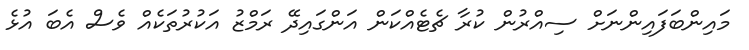
މައިންބަފައިންނަށް ސިއްރުން ކުރާ ޗެޓެއްކަން އަންގައިދޭ ރަމްޒު އަކުރުތަކެއް ވެސް އެބަ އުޅެ